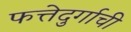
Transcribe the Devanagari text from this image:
फत्तेदुर्गाची